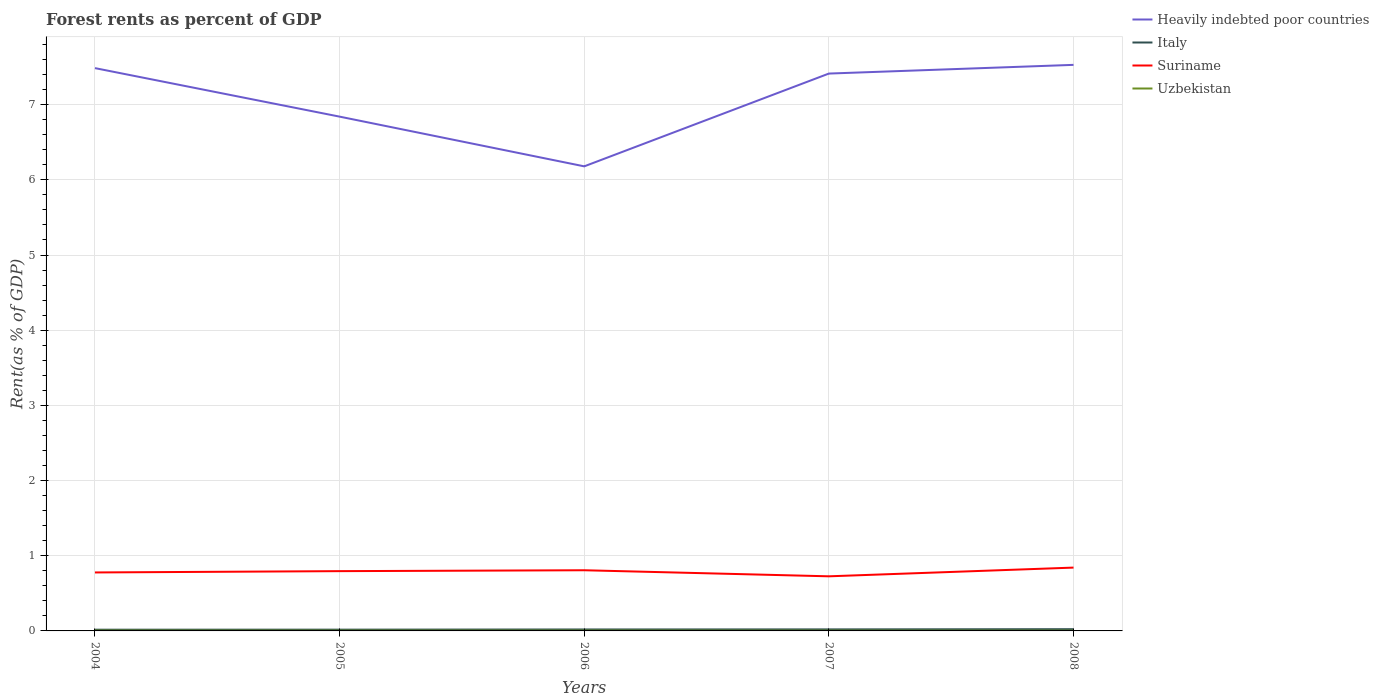
| Years | Heavily indebted poor countries | Italy | Suriname | Uzbekistan |
 | --- | --- | --- | --- | --- |
 | 2004 | 7.49 | 0.0163 | 0.778 | 0.00467 |
 | 2005 | 6.84 | 0.0168 | 0.795 | 0.00413 |
 | 2006 | 6.18 | 0.0193 | 0.807 | 0.00452 |
 | 2007 | 7.41 | 0.0203 | 0.726 | 0.00404 |
 | 2008 | 7.53 | 0.0231 | 0.842 | 0.00379 |